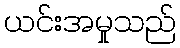
ယင်းအမှုသည်